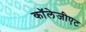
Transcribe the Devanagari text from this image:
कॉलेजीएट